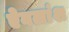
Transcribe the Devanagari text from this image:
ऐवलांश